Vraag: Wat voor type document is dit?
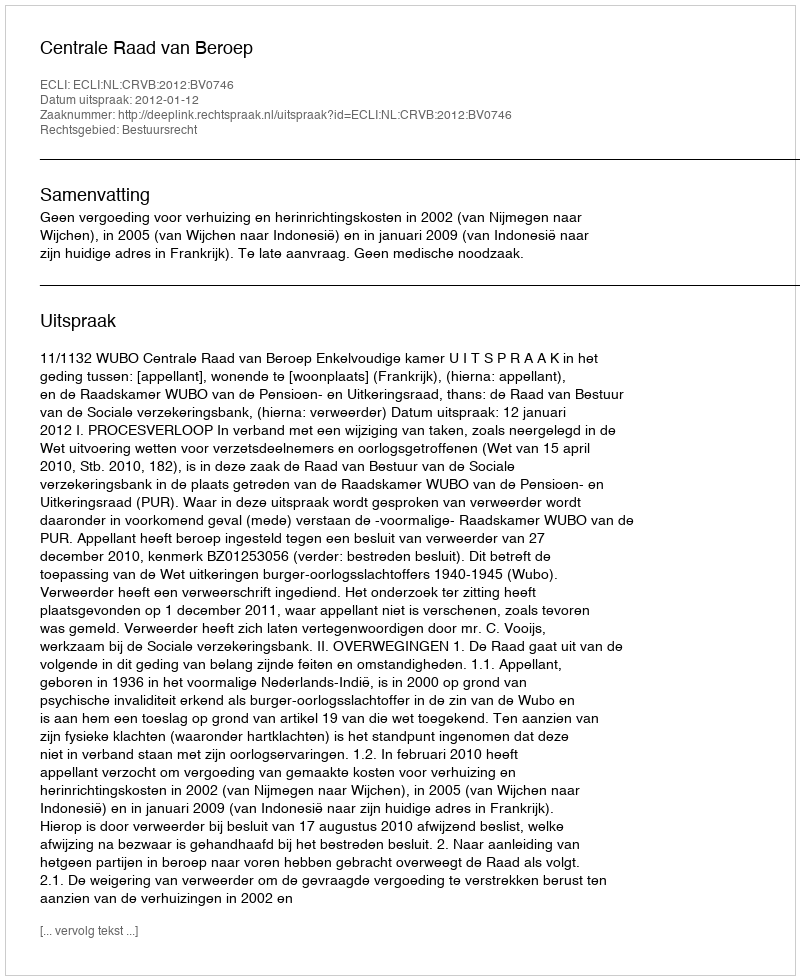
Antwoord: Uitspraak